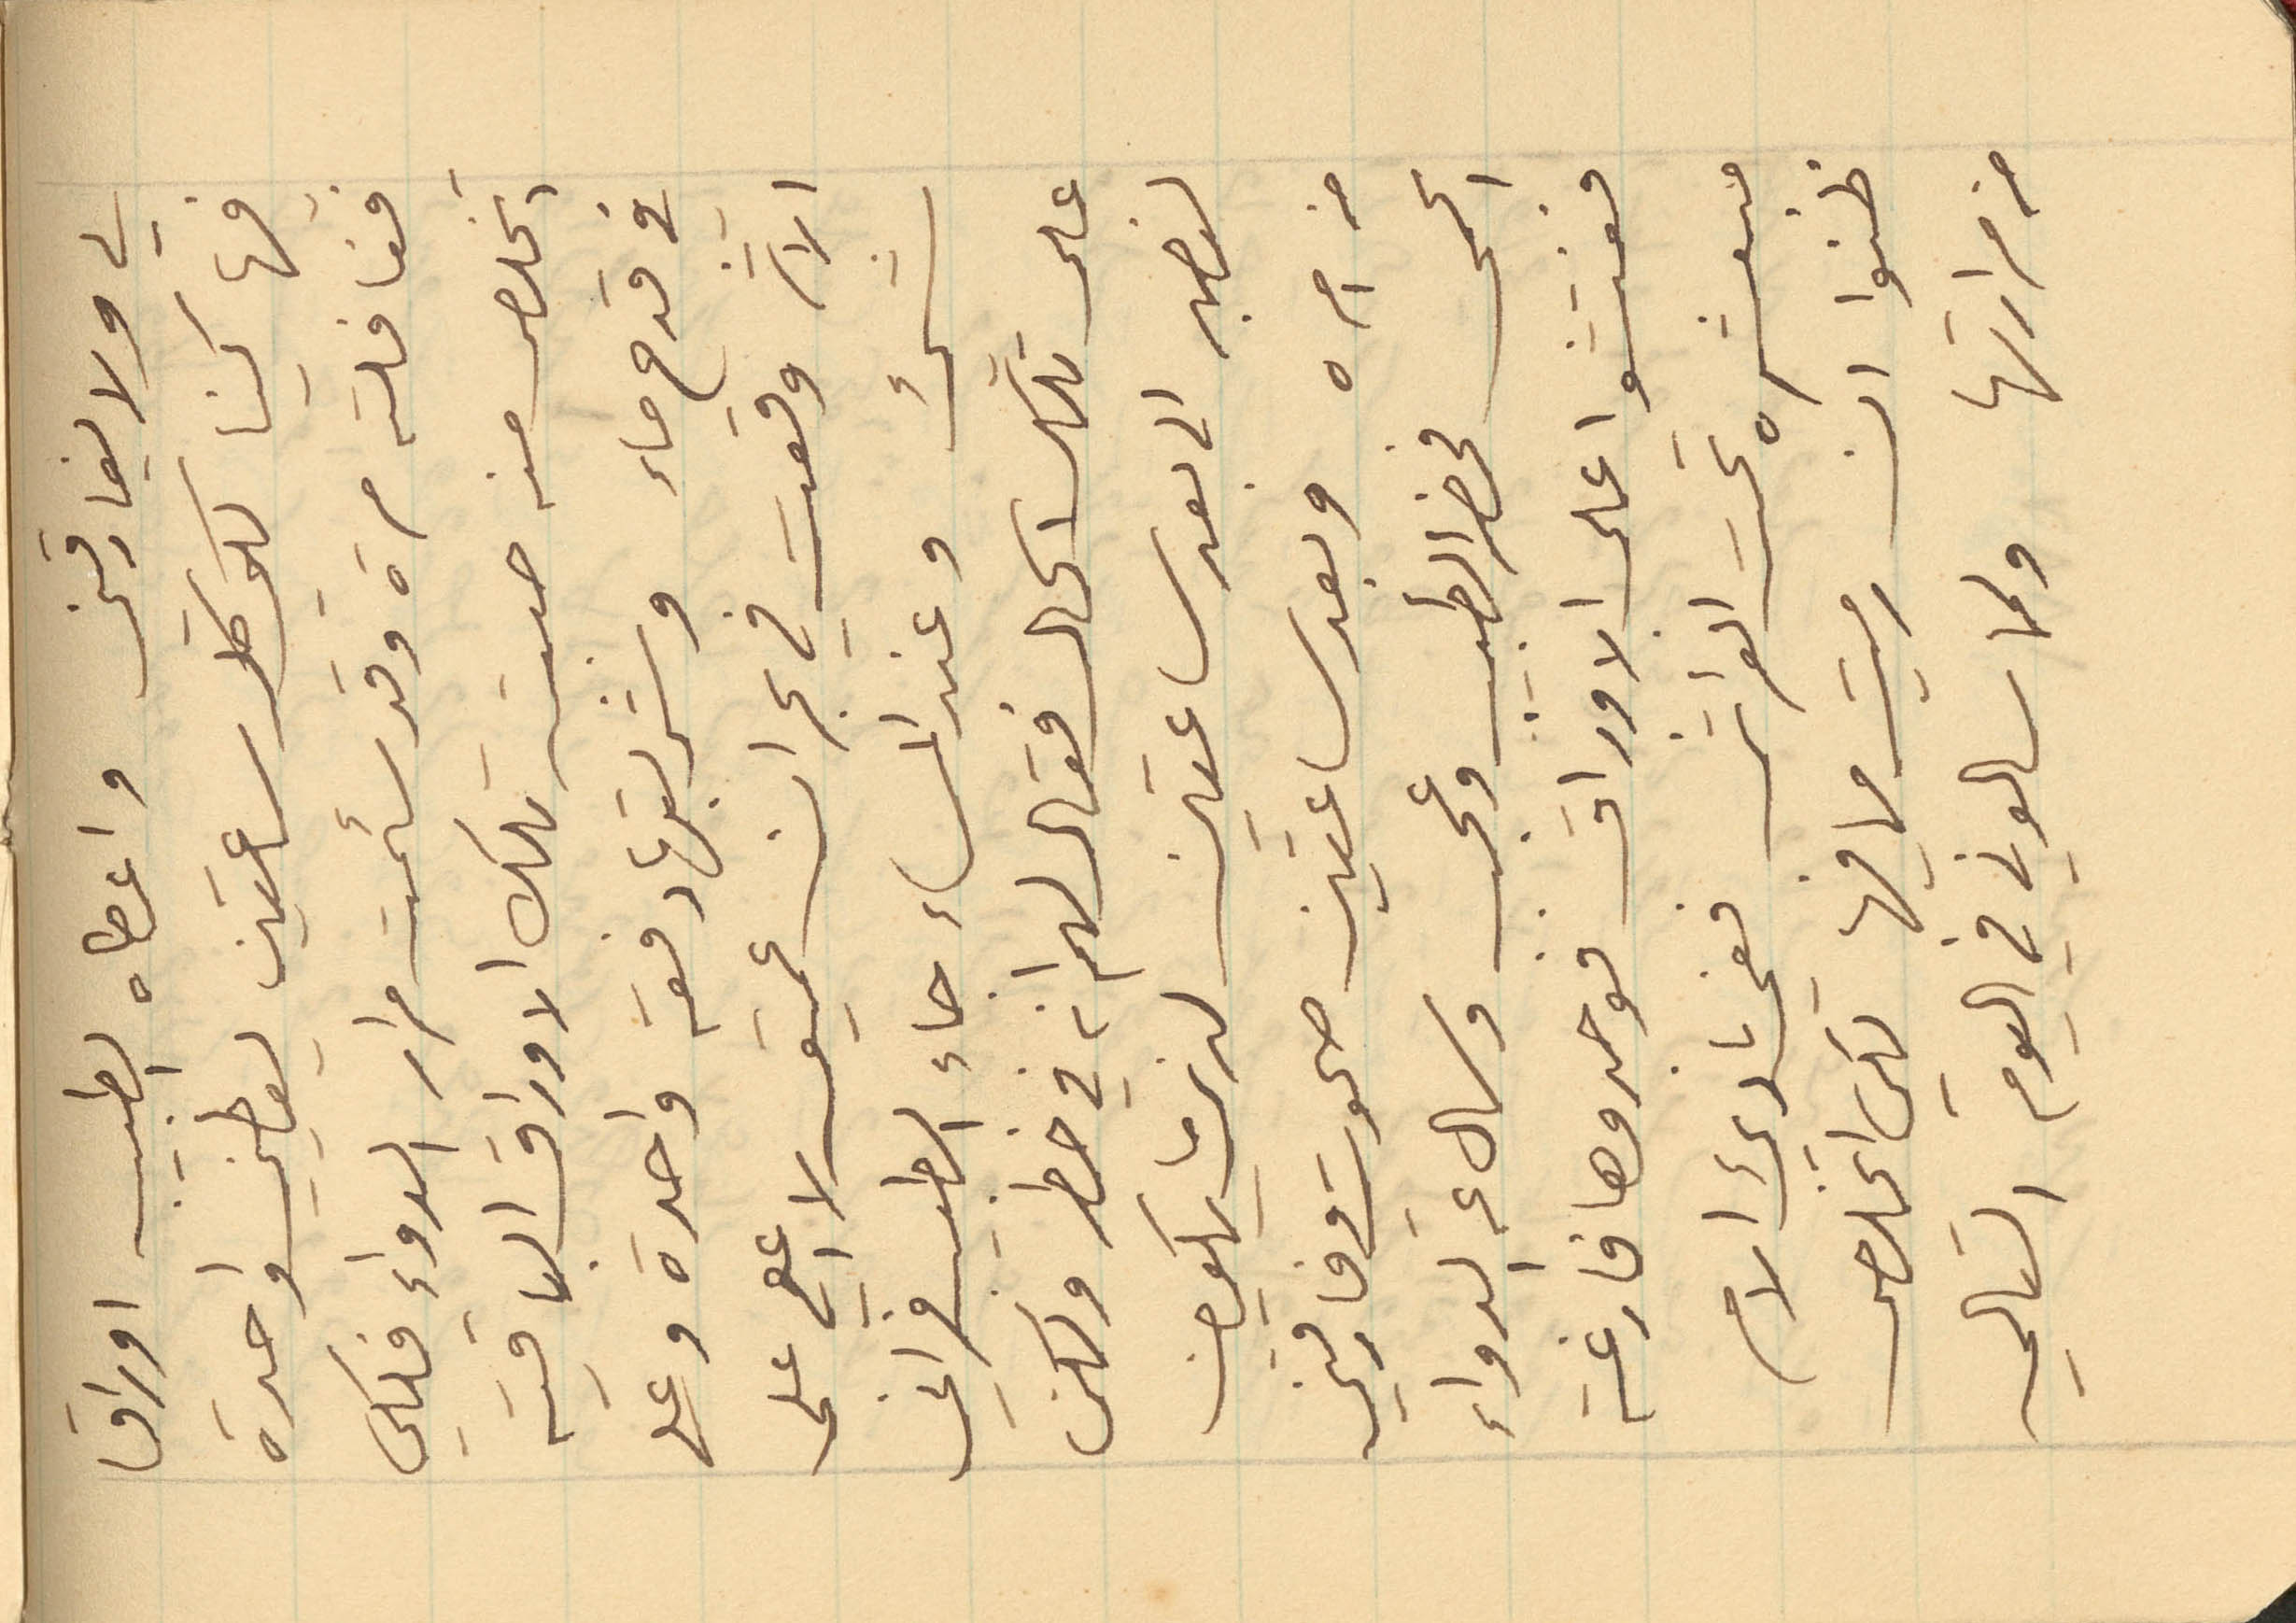
لي ولا يفارقني واعطاه الطبيب اوراق
فيها كينا لكي كل ساعتين يعطيني واحدة
فغافلته مرة وقد سئمت مرار الدواء فلكي
اتخلص منه صبت تلك الاوراق الباقية
في قدح ماء وشربتها دفعة واحدة وعلى
الاثر وقعت في بحران عميق لا اعي على
شيء وعند المساء جاء الطبيب فراني
على تلك الحال فقال لهم انه في خطر ولكن
لنصبر الى بعد ساعتين لنرى ما يكون
من امره وبعد ساعتين صحوت وقارقتني
الحمى فحضر الطبيب وعجب وسال عن الدواء
ففتشوا على الاوراق فوجدوها فارغة
مبعثرة تحت الفراش ففي بادىء الامر
ظنوا ان رميت ما فيها لكي اتخلص
من مرارتها ولما سالوني في اليوم التالي